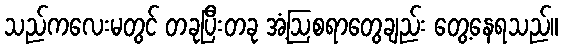
သည်ကလေးမတွင် တခုပြီးတခု အံ့ဩစရာတွေချည်း တွေ့နေရသည်။